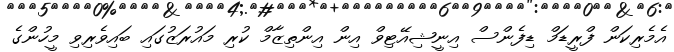
އެމެރިކަން ފްރީޑަމް ޑިފެންސް އިނީޝިއޭޓިވް އިން އިންތިޒާމް ކުރި މައުރަޒުގައި ބައިވެރިވި މީހުންގެ